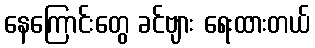
နေကြောင်းတွေ ခင်ဗျား ရေးထားတယ်